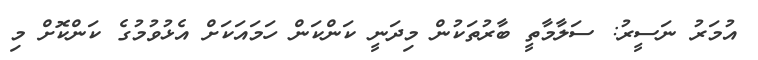
އުމަރު ނަސީރު: ސަލާމާތީ ބާރުތަކުން މިދަނީ ކަންކަން ހަމައަކަށް އެޅުވުމުގެ ކަންކޮށް މި